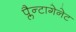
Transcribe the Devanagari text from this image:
प्लैन्टागेनेट